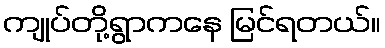
ကျုပ်တို့ရွာကနေ မြင်ရတယ်။